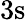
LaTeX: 3\mathrm{s}